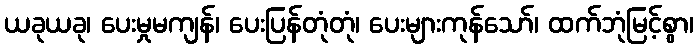
ယခုယခု၊ ပေးမှုမကျန်၊ ပေးပြန်တုံတုံ၊ ပေးများကုန်သော်၊ ထက်ဘုံမြင့်စွာ၊